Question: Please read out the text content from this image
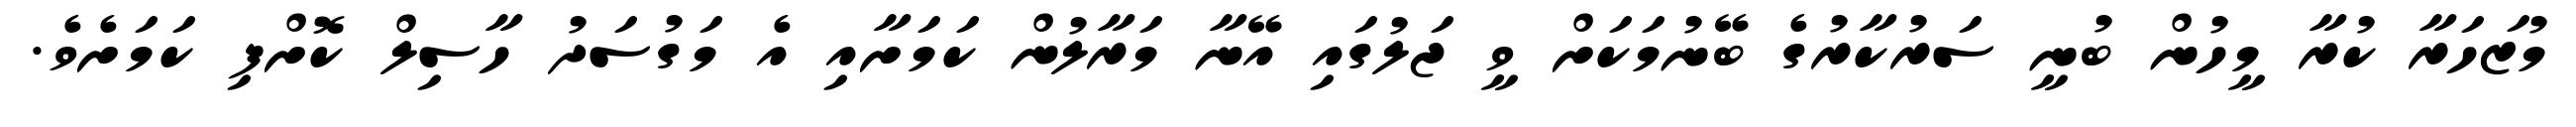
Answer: މުޒަހަރާ ކުރާ މީހުން ބުނީ ސަރުކާރުގެ ބޭނުމަކަށް ވީ ޖަލުގައި އޭނާ މަރާލުން ކަމަށާއި އެ މަގުސަދު ހާސިލް ކޮށްފި ކަމަށެވެ.